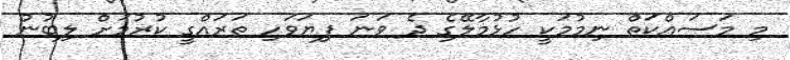
މި މަސައްކަތް ނިމުމަކީ ހުޅުމާލޭގެ ދެ ވަނަ ފިޔަވަހި ތަރައްގީ ކުރުމަށް ލިބުނު